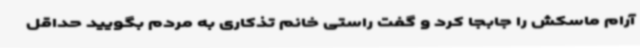
آرام ماسکش را جابجا کرد و گفت راستی خانم تذکاری به مردم بگویید حداقل